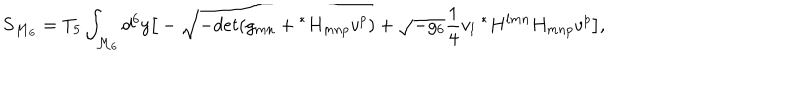
S _ { { \cal M } _ { 6 } } = T _ { 5 } \int _ { { \cal M } _ { 6 } } d ^ { 6 } y \big [ - \sqrt { - d e t ( g _ { m n } + { } ^ { * } { H } _ { m n p } v ^ { p } ) } + \sqrt { - g _ { 6 } } { \frac { 1 } { 4 } } v _ { l } { ~ } ^ { * } H ^ { l m n } H _ { m n p } v ^ { p } \big ] ,